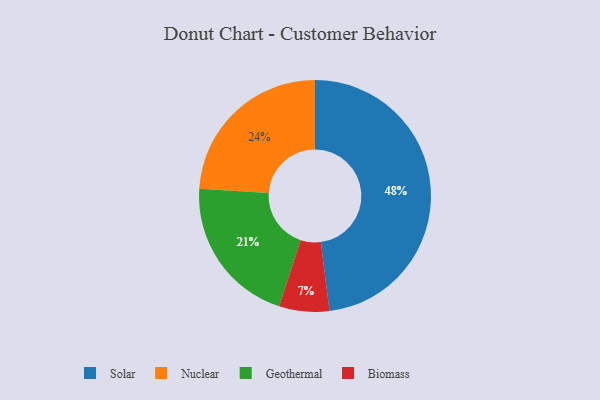
{"axis": {"x": "Category", "y": "Percentage"}, "legend": ["Biomass", "Geothermal", "Nuclear", "Solar"], "data": [{"x": "Biomass", "y": 7, "type": "Biomass"}, {"x": "Solar", "y": 48, "type": "Solar"}, {"x": "Geothermal", "y": 21, "type": "Geothermal"}, {"x": "Nuclear", "y": 24, "type": "Nuclear"}]}